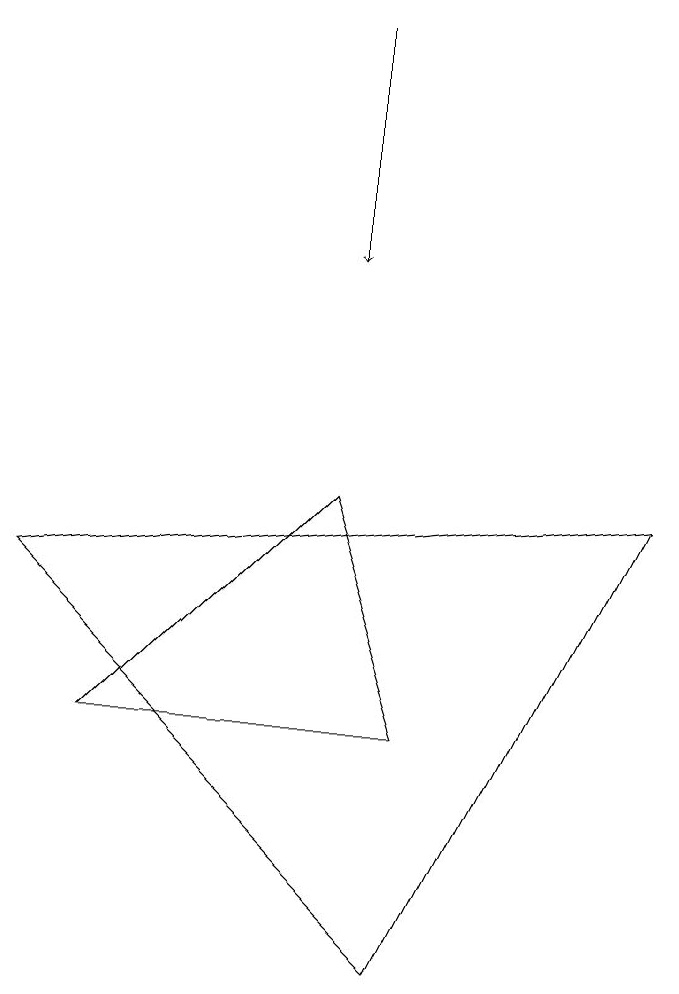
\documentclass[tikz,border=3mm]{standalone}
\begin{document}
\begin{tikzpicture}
\draw (1,6) -- (5,6) -- (4,9) -- cycle;
\draw[->] (4,15) -- (4,12);
\draw (8,9) -- (5,3) -- (0,8) -- cycle;
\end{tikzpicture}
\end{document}